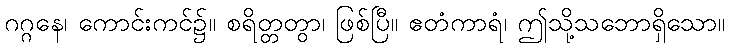
ဂဂ္ဂနေ၊ ကောင်းကင်၌။ စရိတ္တတွာ၊ ဖြစ်ပြီ။ ဧတံကာရံ၊ ဤသို့သဘောရှိသော။